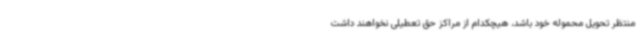
منتظر تحویل محموله خود باشد، هیچکدام از مراکز حق تعطیلی نخواهند داشت